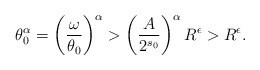
\begin{align*}\theta_0^{\alpha}=\left(\frac{\omega}{\theta_0}\right)^{\alpha}>\left(\frac{A}{2^{s_0}}\right)^{\alpha}R^{\epsilon}>R^{\epsilon}.\end{align*}